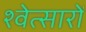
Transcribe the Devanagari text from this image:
श्वेत्सारों